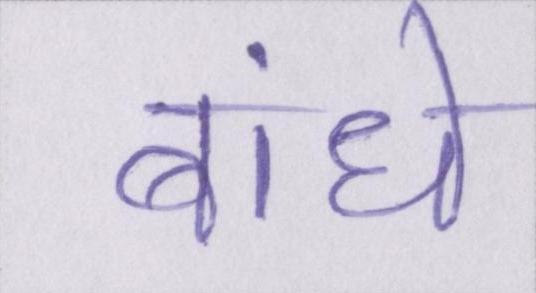
बांधे